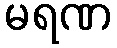
မရဏ